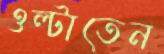
ওল্‌টাতেন